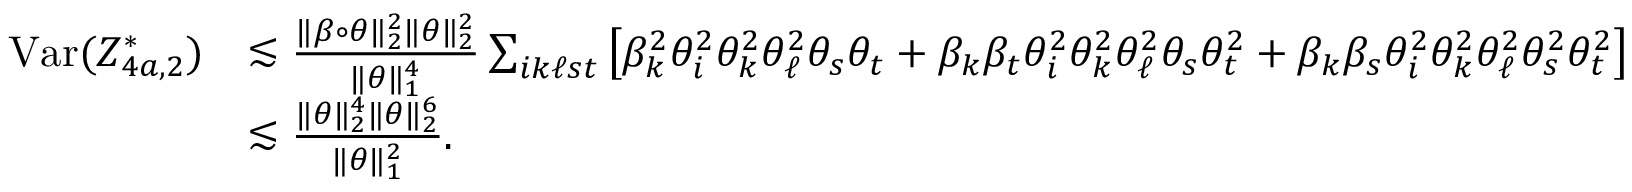
\begin{array} { r l } { \mathrm { V a r } ( Z _ { 4 a , 2 } ^ { * } ) } & { \lesssim \frac { \| \beta \circ \theta \| _ { 2 } ^ { 2 } \| \theta \| _ { 2 } ^ { 2 } } { \| \theta \| _ { 1 } ^ { 4 } } \sum _ { i k \ell s t } \big [ \beta _ { k } ^ { 2 } \theta _ { i } ^ { 2 } \theta _ { k } ^ { 2 } \theta _ { \ell } ^ { 2 } \theta _ { s } \theta _ { t } + \beta _ { k } \beta _ { t } \theta _ { i } ^ { 2 } \theta _ { k } ^ { 2 } \theta _ { \ell } ^ { 2 } \theta _ { s } \theta _ { t } ^ { 2 } + \beta _ { k } \beta _ { s } \theta _ { i } ^ { 2 } \theta _ { k } ^ { 2 } \theta _ { \ell } ^ { 2 } \theta _ { s } ^ { 2 } \theta _ { t } ^ { 2 } \big ] } \\ & { \lesssim \frac { \| \theta \| _ { 2 } ^ { 4 } \| \theta \| _ { 2 } ^ { 6 } } { \| \theta \| _ { 1 } ^ { 2 } } . } \end{array}